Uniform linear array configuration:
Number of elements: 64
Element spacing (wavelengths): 1
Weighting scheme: hamming
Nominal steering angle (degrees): -15
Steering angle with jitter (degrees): -15.935
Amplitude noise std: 0.05
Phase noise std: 0.05

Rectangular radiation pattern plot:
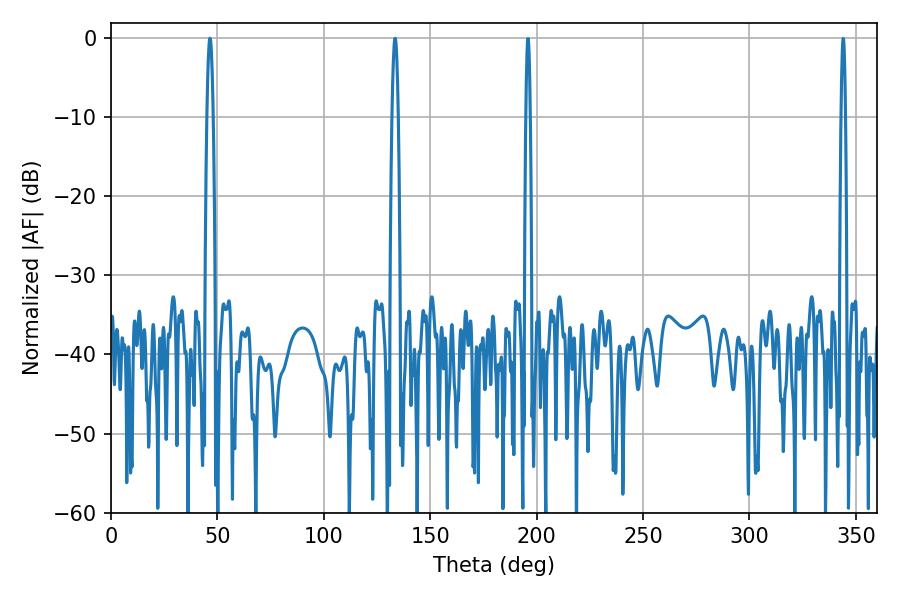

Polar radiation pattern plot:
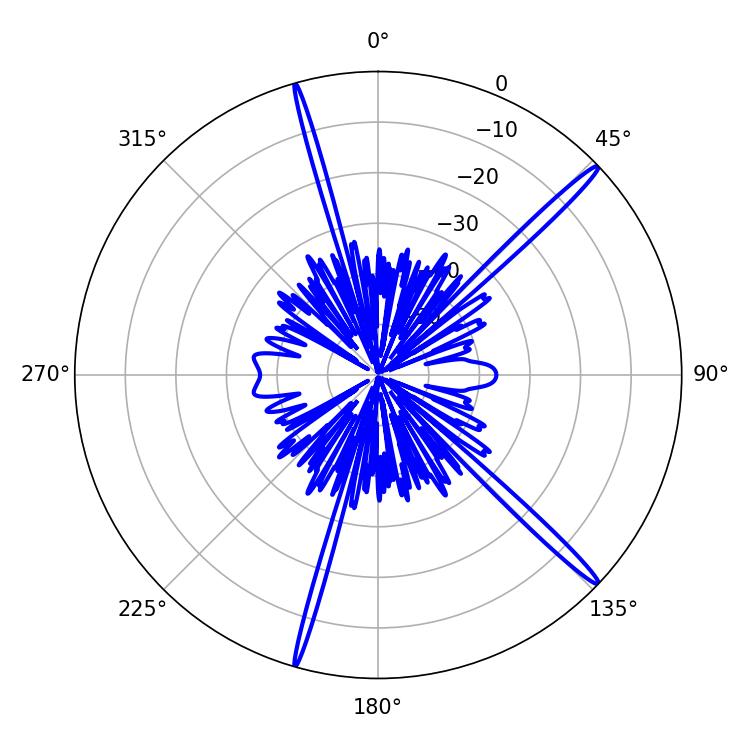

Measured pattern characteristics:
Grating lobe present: TRUE
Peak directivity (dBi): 17.816
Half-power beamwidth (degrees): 1.62
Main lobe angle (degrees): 46.44